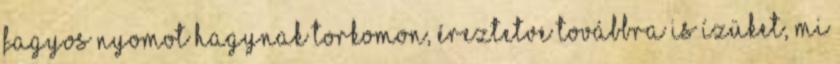
fagyos nyomot hagynak torkomon, éreztetve továbbra is ízüket, mi